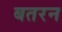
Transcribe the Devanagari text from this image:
बतरन